Proceedings of the meeting of veterinary officers in India
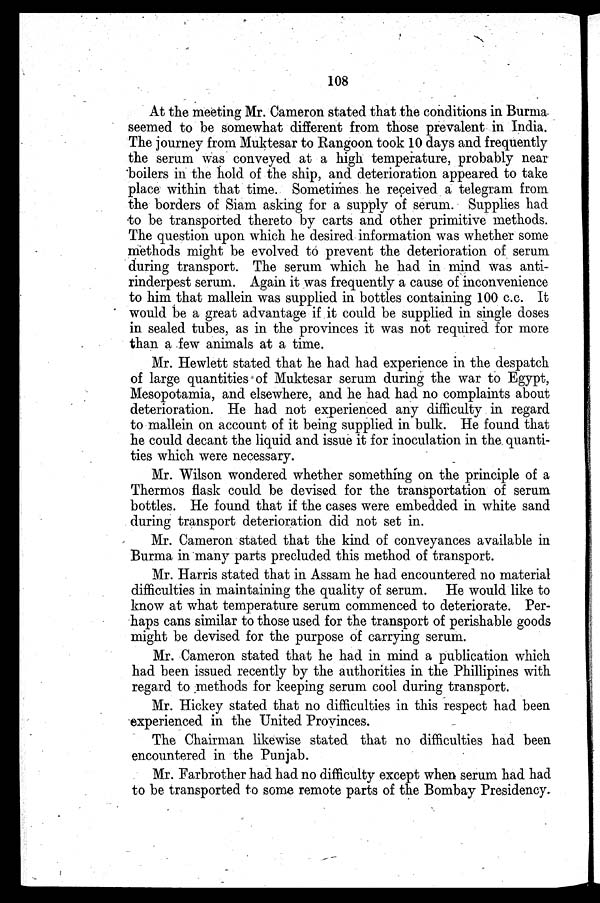
108
At the meeting Mr. Cameron stated that the conditions in Burma
seemed to be somewhat different from those prevalent in India.
The journey from Muktesar to Rangoon took 10 days and frequently
the serum was conveyed at a high temperature, probably near
boilers in the hold of the ship, and deterioration appeared to take
place within that time. Sometimes he received a telegram from
the borders of Siam asking for a supply of serum. Supplies had
to be transported thereto by carts and other primitive methods.
The question upon which he desired information was whether some
methods might be evolved to prevent the deterioration of serum
during transport. The serum which he had in mind was anti-
rinderpest serum. Again it was frequently a cause of inconvenience
to him that mallein was supplied in bottles containing 100 c.c. It
would be a great advantage if it could be supplied in single doses
in sealed tubes, as in the provinces it was not required for more
than a few animals at a time.
Mr. Hewlett stated that he had had experience in the despatch
of large quantities of Muktesar serum during the war to Egypt,
Mesopotamia, and elsewhere, and he had had no complaints about
deterioration. He had not experienced any difficulty in regard
to mallein on account of it being supplied in bulk. He found that
he could decant the liquid and issue it for inoculation in the. quanti-
ties which were necessary.
Mr. Wilson wondered whether something on the principle of a
Thermos flask could be devised for the transportation of serum
bottles. He found that if the cases were embedded in white sand
during transport deterioration did not set in.
Mr. Cameron stated that the kind of conveyances available in
Burma in many parts precluded this method of transport.
Mr. Harris stated that in Assam he had encountered no material
difficulties in maintaining the quality of serum. He would like to
know at what temperature serum commenced to deteriorate. Per-
haps cans similar to those used for the transport of perishable goods
might be devised for the purpose of carrying serum.
Mr. Cameron stated that he had in mind a publication which
had been issued recently by the authorities in the Phillipines with
regard to methods for keeping serum cool during transport.
Mr. Hickey stated that no difficulties in this respect had been
experienced in the United Provinces.
The Chairman likewise stated that no difficulties had been
encountered in the Punjab.
Mr. Farbrother had had no difficulty except when serum had had
to be transported to some remote parts of the Bombay Presidency.